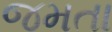
જમતા